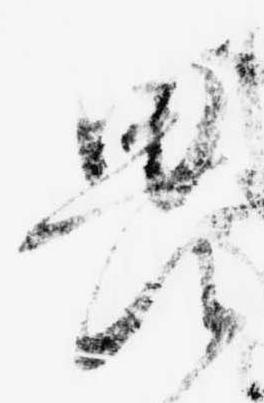
畏